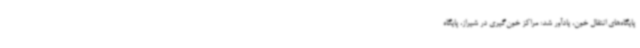
پایگاه‌های انتقال خون، یادآور شد: مراکز خون‌گیری در شیراز، پایگاه